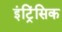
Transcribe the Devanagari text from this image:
इंट्रिंसिक